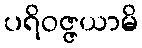
ပရိဝဇ္ဇယာမိ